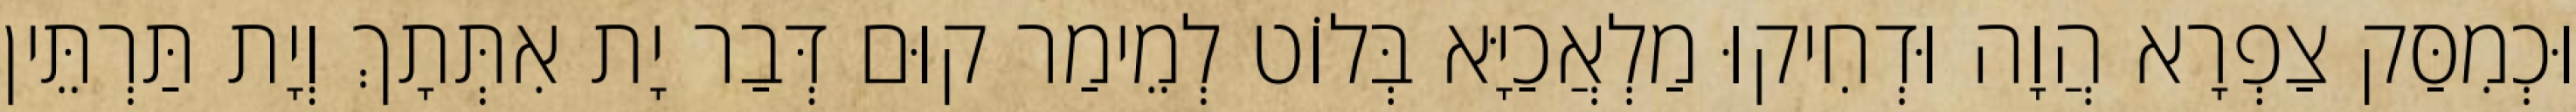
וּכְמִסַּק צַפְרָא הֲוָה וּדְחִיקוּ מַלְאֲכַיָּא בְּלוֹט לְמֵימַר קוּם דְּבַר יָת אִתְּתָךְ וְיָת תַּרְתֵּין